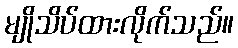
မျိုသိပ်ထားလိုက်သည်။